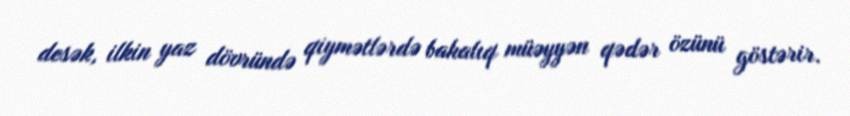
desək, ilkin yaz dövründə qiymətlərdə bahalıq müəyyən qədər özünü göstərir.